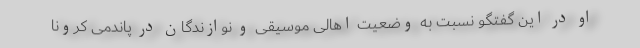
او در این گفتگو نسبت به وضعیت اهالی موسیقی و نوازندگان در پاندمی کرونا